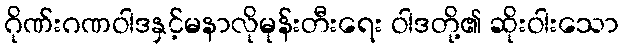
ဂိုဏ်းဂဏဝါဒနှင့်မနာလိုမုန်းတီးရေး ဝါဒတို့၏ ဆိုးဝါးသော